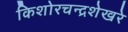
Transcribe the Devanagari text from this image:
किशोरचन्द्रशेखरे